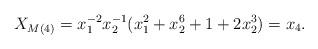
LaTeX: \begin{align*} X_{M(4)} = x_1^{-2}x_2^{-1}(x_1^2 + x_2^6 + 1 + 2x_2^3) = x_4. \end{align*}